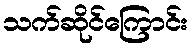
သက်ဆိုင်ကြောင်း